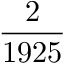
\frac { 2 } { 1 9 2 5 }